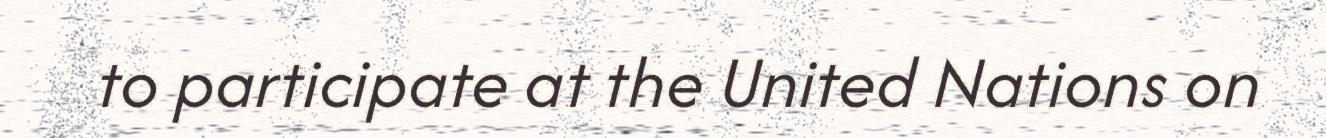
to participate at the United Nations on